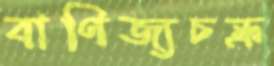
বাণিজ্যচক্র